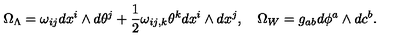
\Omega _ { \Lambda } = \omega _ { i j } d x ^ { i } \wedge d \theta ^ { j } + \frac 1 2 \omega _ { i j , k } \theta ^ { k } d x ^ { i } \wedge d x ^ { j } , \quad \Omega _ { W } = g _ { a b } d \phi ^ { a } \wedge d c ^ { b } .